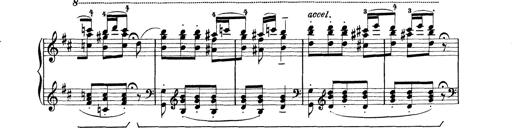
Title: Rapsodie: 19 ungheresi, 1 spagnuola
Composer: Franz Liszt